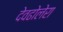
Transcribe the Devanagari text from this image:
देवढोलेरा